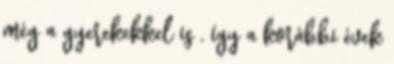
még a gyerekekkel is , így a korábbi évek